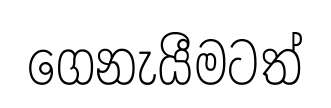
ගෙනැයීමටත්